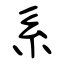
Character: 系